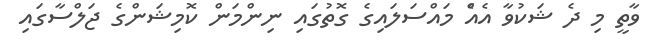
ވާތީ މި ދެ ޝަކުވާ އެއްެ މައްސަލައިގެ ގޮތުގައި ނިންމަން ކޮމިޝަންގެ ޖަލްސާގައި